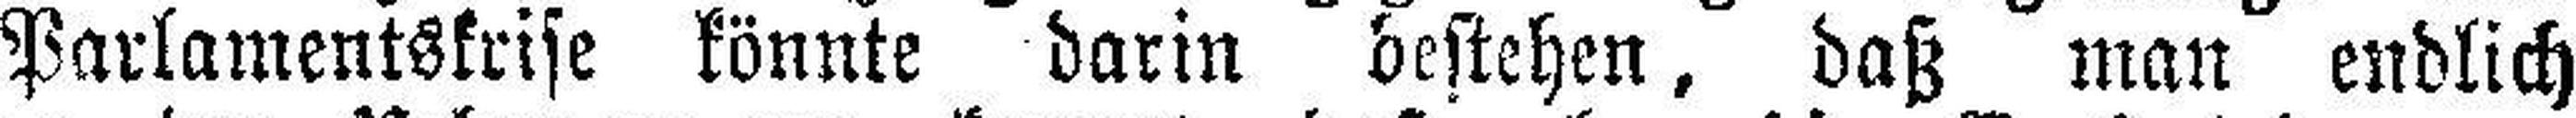
Parlamentskrise könnte darin bestehen, daß man endlich